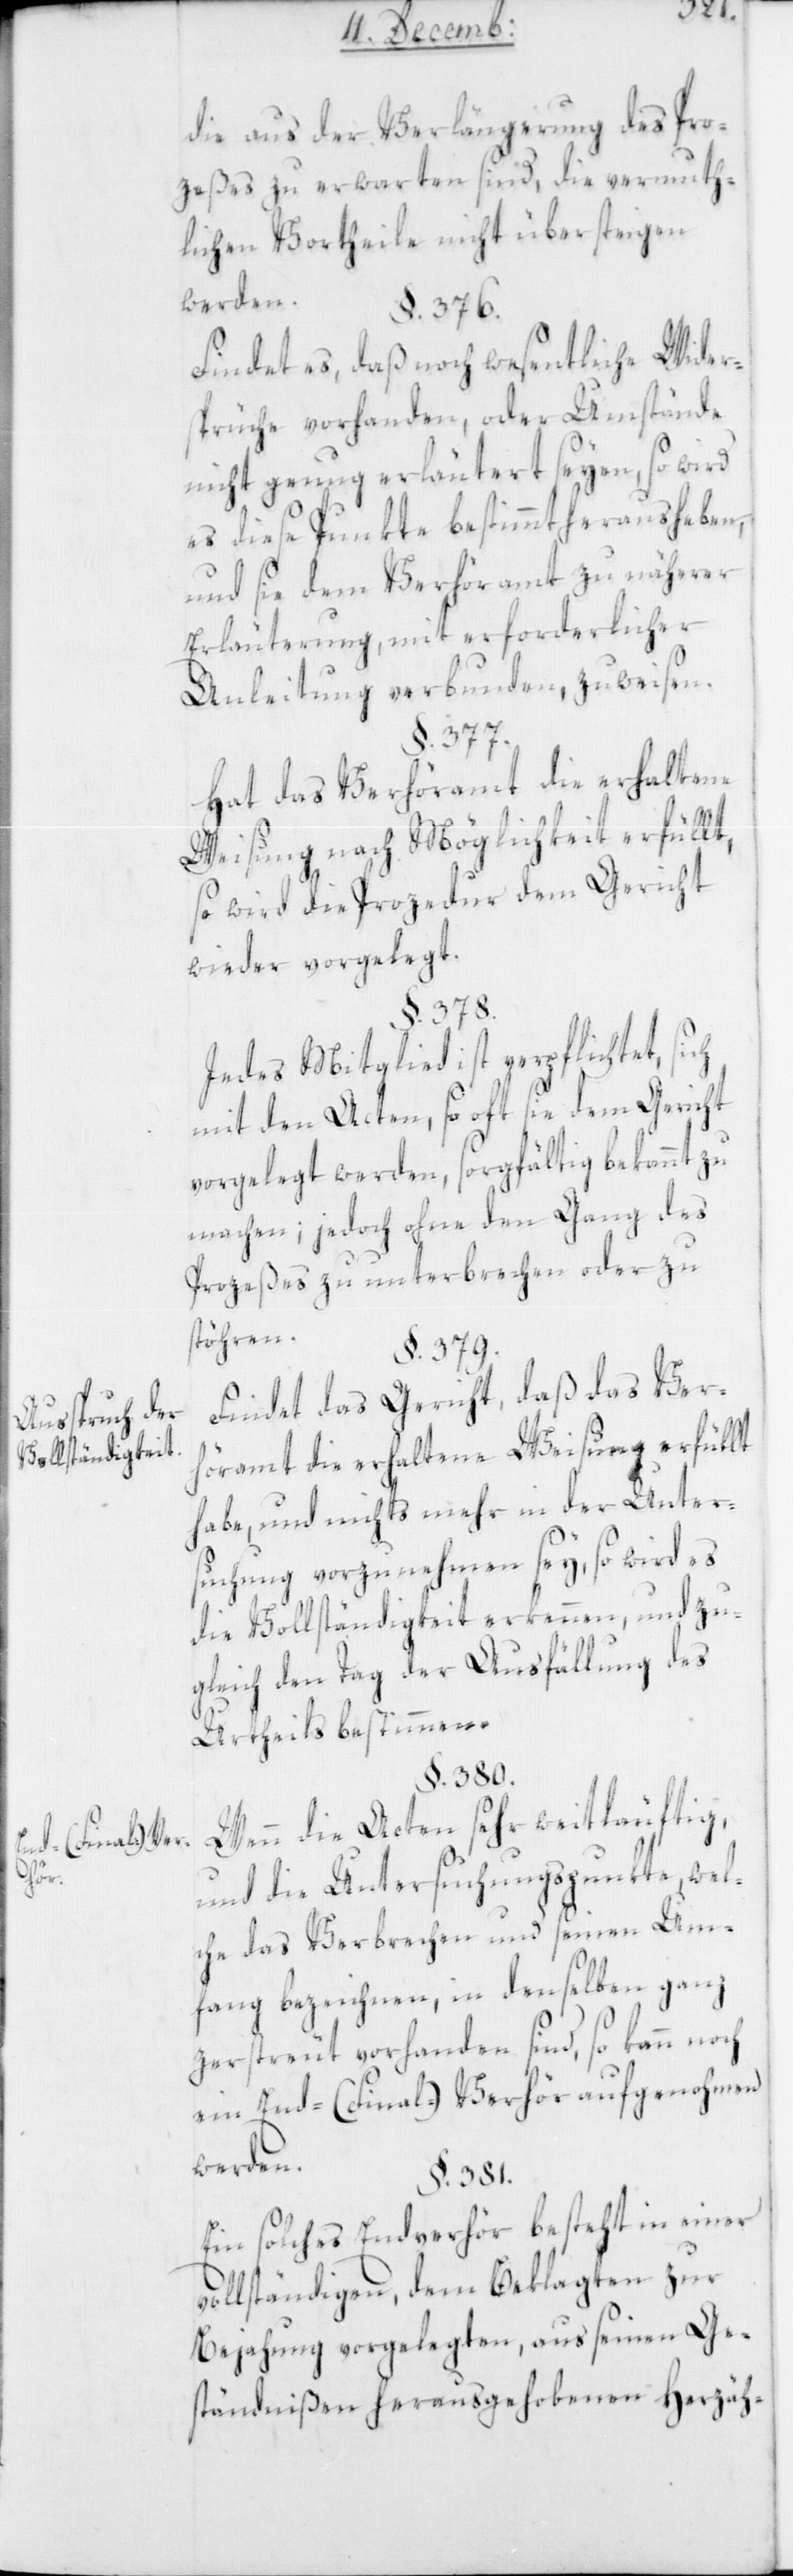
Ausspruch der
Vollständigkeit.
Eind- (Final-) Ver¬
hör.

die aus der Verlängerung des Pro¬
zeßes zu erwarten sind, die vermuth¬
lichen Vortheile nicht übersteigen
werden.
§. 376.
Findet es, daß noch wesentliche Wider¬
sprüche vorhanden, oder Umstände
nicht genug erläutert seyen, so wird
es diese Punkte bestimmt herausheben,
und sie dem Verhöramt zu näherer
Erläuterung, mit erforderlicher
Anleitung verbunden, zuweisen.
§. 377.
Hat das Verhöramt die erhaltene
Weisung nach Möglichkeit erfüllt,
so wird die Prozedur dem Gericht
wieder vorgelegt.
§. 378.
Jedes Mitglied ist verpflichtet, sich
mit den Acten, so oft sie dem Gericht
vorgelegt werden, sorgfältig bekannt zu
machen; jedoch ohne den Gang des
Prozeßes zu unterbrechen oder zu
stören.
§. 379.
Findet das Gericht, daß das Ver¬
höramt die erhaltene Weisung erfüllt
habe, und nichts mehr in der Unter¬
suchung vorzunehmen sey, so wird es
die Vollständigkeit erkennen, und zu¬
gleich den Tag der Ausfällung des
Urtheils bestimmen.
§. 380.
Wenn die Acten sehr weitläufig,
und die Untersuchungspunkte, wel¬
che das Verbrechen und seinen Um¬
fang bezeichnen, in denselben ganz
zerstreut vorhanden sind, so kann noch
ein End- (Final-) Verhör aufgenohmen
werden.
§. 381.
Ein solches Endverhör besteht in einer
vollständigen, dem Beklagten zur
Bejahung vorgelegten, aus seinen Ge¬
ständnißen herausgehobenen Herzähl-